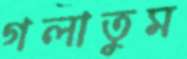
গলাতুম